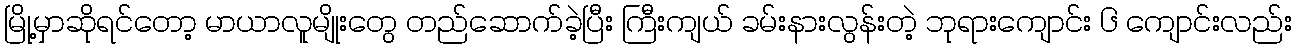
မြို့မှာဆိုရင်တော့ မာယာလူမျိုးတွေ တည်ဆောက်ခဲ့ပြီး ကြီးကျယ် ခမ်းနားလွန်းတဲ့ ဘုရားကျောင်း ၆ ကျောင်းလည်း